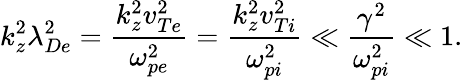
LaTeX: k_{z}^{2}\lambda_{De}^{2}=\frac{k_{z}^{2}v_{Te}^{2}}{\omega_{pe}^{2}}=\frac{k_{z}^{2}v_{Ti}^{2}}{\omega_{pi}^{2}}\ll\frac{\gamma^{2}}{\omega_{pi}^{2}}\ll 1.